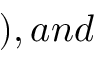
) , a n d